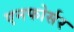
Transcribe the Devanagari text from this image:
एनफोर्सर